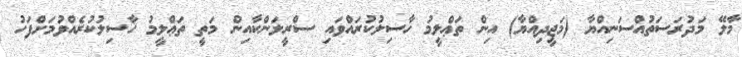
މާލޭ މަދުރަސަތުއްސަނިއްޔާ (މަޖީދިއްޔާ) އިން ތަޢްލީމު ހާސިލުކުރައްވައި ސްރީލަންކާއިން މަތީ ތަޢްލީމު ހާސިލުކުރެއްވުމަށްފަހު